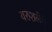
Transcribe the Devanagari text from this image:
यरुशलेमे